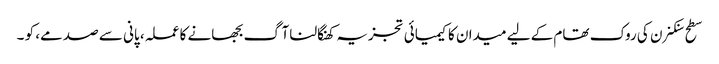
سطح سنکنرن کی روک تھام کے لیے میدان کا کیمیائی تجزیہ کھنگالنا آگ بجھانے کا عملہ، پانی سے صدمے، کو ۔